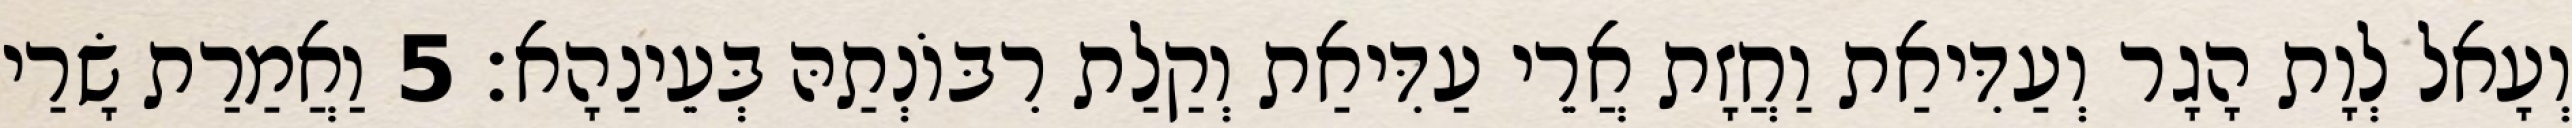
וְעָאל לְוָת הָגָר וְעַדִּיאַת וַחֲזָת אֲרֵי עַדִּיאַת וְקַלַת רִבּוֹנְתַהּ בְּעֵינַהָא׃ 5 וַאֲמַרַת שָׂרַי